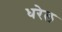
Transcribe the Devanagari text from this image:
धरेल